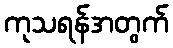
ကုသရန်အတွက်